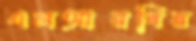
এলআরবির